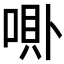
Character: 𱑗